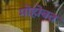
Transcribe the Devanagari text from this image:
मोहोबत